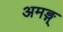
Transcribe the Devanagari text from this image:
अमङ्ग्